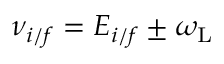
\nu _ { i / f } = { \cal E } _ { i / f } \pm \omega _ { \mathrm { L } }